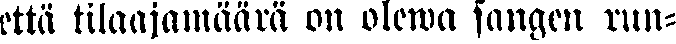
että tilaajamäärä on olewa sangen ruu-